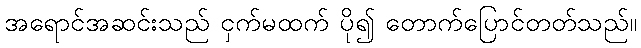
အရောင်အဆင်းသည် ငှက်မထက် ပို၍ တောက်ပြောင်တတ်သည်။